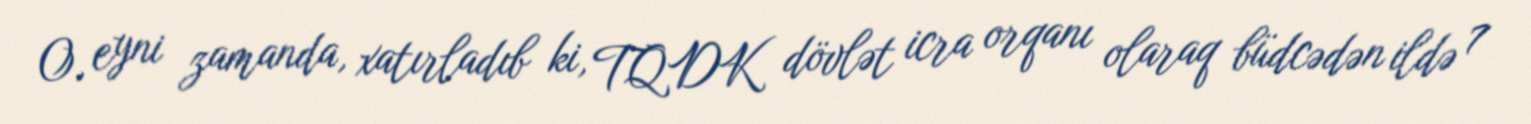
O, eyni zamanda, xatırladıb ki, TQDK dövlət icra orqanı olaraq büdcədən ildə 7